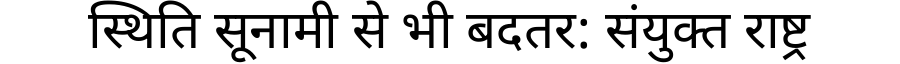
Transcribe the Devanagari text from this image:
स्थिति सूनामी से भी बदतर: संयुक्त राष्ट्र